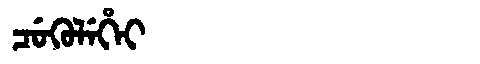
Manchu: ᠴᡠᡴᡠᠯᡝᡥᡝᡳ
Romanization: CUKULEHEI